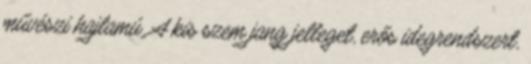
művészi hajlamú. A kis szem jang jelleget, erős idegrendszert,